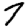
Digit: 7